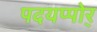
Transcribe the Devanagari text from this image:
पदयप्पोर्